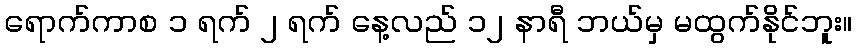
ရောက်ကာစ ၁ ရက် ၂ ရက် နေ့လည် ၁၂ နာရီ ဘယ်မှ မထွက်နိုင်ဘူး။